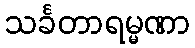
သင်္ခတာရမ္မဏာ